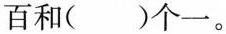
百和( )个一。